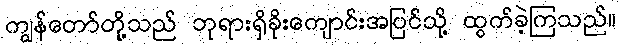
ကျွန်တော်တို့သည် ဘုရားရှိခိုးကျောင်းအပြင်သို့ ထွက်ခဲ့ကြသည်။